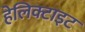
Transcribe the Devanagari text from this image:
हेलिक्टाइट